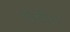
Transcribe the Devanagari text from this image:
बोटींग